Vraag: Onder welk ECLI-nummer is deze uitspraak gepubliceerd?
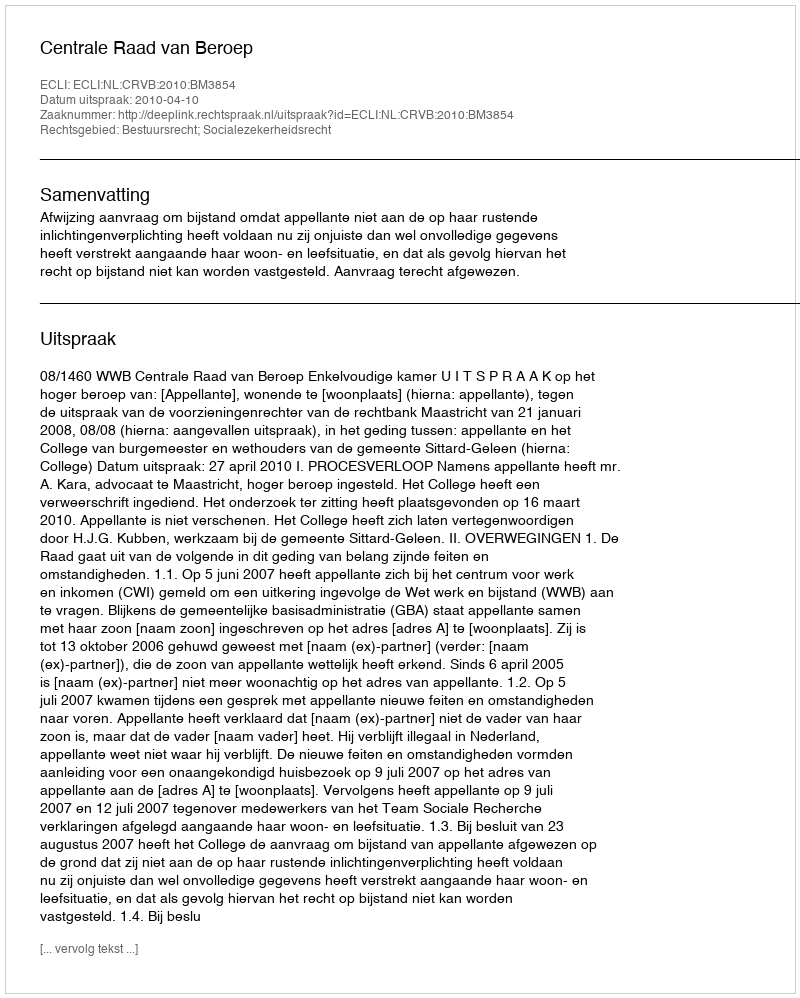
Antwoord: ECLI:NL:CRVB:2010:BM3854